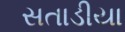
સતાડીયા